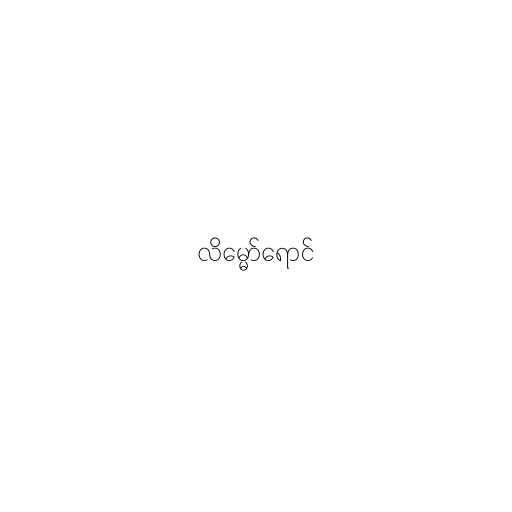
လိမ္မော်ရောင်